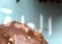
العدة